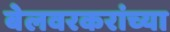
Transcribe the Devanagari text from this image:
बेलवरकरांच्या